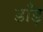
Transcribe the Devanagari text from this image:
डाँड़